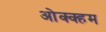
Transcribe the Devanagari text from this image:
ओक्क्हम